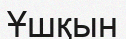
Ұшқын